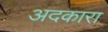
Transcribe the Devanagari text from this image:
अदकारा